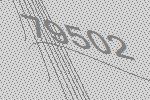
79502